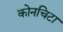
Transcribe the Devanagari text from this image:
कोनचिटा